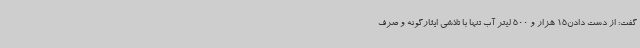
گفت: از دست دادن15 هزار و 500 لیتر آب تنها با تلاشی ایثارگونه و صرف